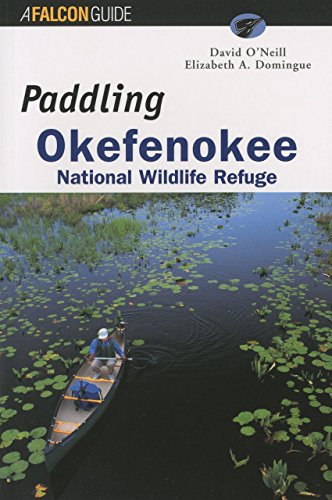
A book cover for Paddling Okefenokee National Wildlife Refuge (Regional Paddling Series); David O'Neill; Travel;